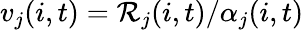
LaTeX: v_{j}(i,t)=\mathcal{R}_{j}(i,t)/\alpha_{j}(i,t)